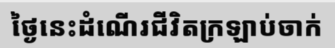
ថ្ងៃនេះដំណើរជីវិតក្រឡាប់ចាក់